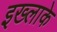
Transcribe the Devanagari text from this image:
इख्लाके